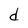
Character: d